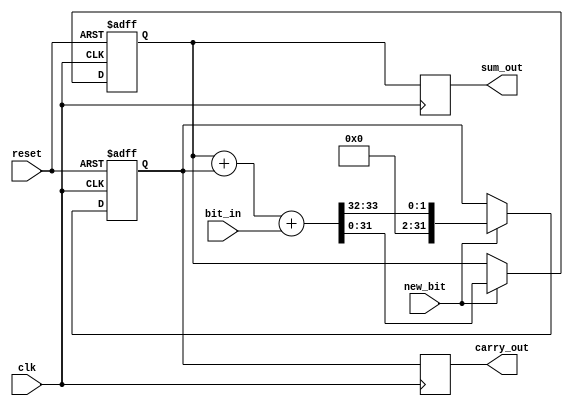
module CarrySaveAdder (
    input wire clk,             // Clock signal
    input wire reset,           // Reset signal
    input wire new_bit,         // Control signal indicating new bit is available
    input wire bit_in,          // Serial input bit
    output reg [31:0] sum_out,  // Sum output (32 bits)
    output reg [31:0] carry_out  // Carry output (32 bits)
);

    // Internal registers to hold the current sum and carry values
    reg [31:0] sum_reg;         // Register for sum
    reg [31:0] carry_reg;       // Register for carry

    // On clock edge
    always @(posedge clk or posedge reset) begin
        if (reset) begin
            // Reset the sum and carry registers
            sum_reg <= 32'b0;
            carry_reg <= 32'b0;
        end else if (new_bit) begin
            // Compute the new sum and carry
            {carry_reg, sum_reg} <= {1'b0, sum_reg} + {1'b0, carry_reg} + {31'b0, bit_in};
        end
    end

    // Assign outputs
    always @(posedge clk) begin
        sum_out <= sum_reg;
        carry_out <= carry_reg;
    end

endmodule